Indian journal of veterinary science and animal husbandry - Volume 1,
Year: 1931
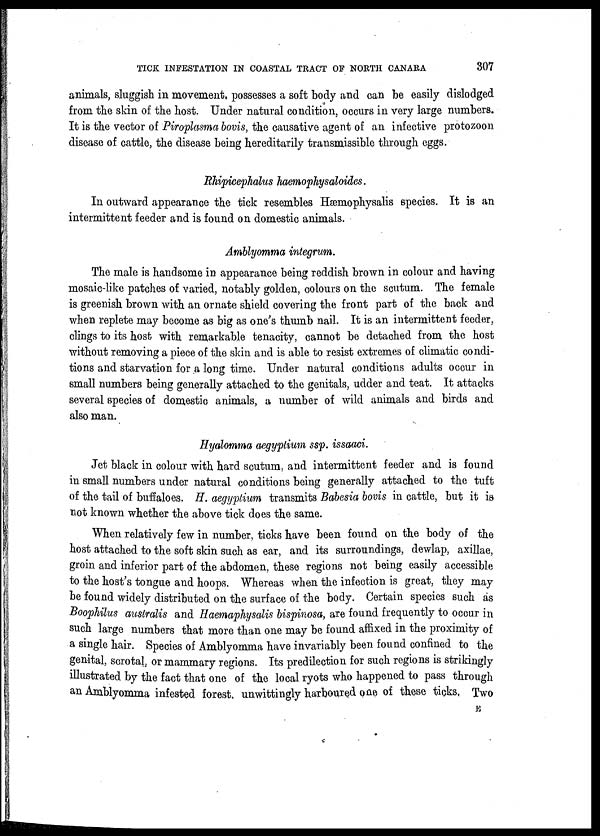
310 THE INDIAN JOURNAL OF VETERINARY SCIENCE AND ANIMAL HUSBANDRY [ I, IV
Fig. 4. A graph expressing the correlated influence of temperature and humidity upon tick
metabolism.